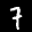
Label: 7